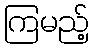
ကြမည့်